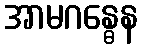
အာမဂန္ဓေန